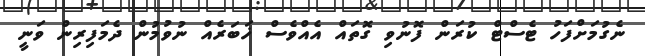
ނެގުމަށްފަހު ޓެސްޓް ކުރަން ފޮނުވި ގޮތައް އެއްވެސް ޚަބަރެއް ނުވުމުން ދެމަފިރިން ވަނީ